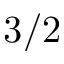
3 / 2